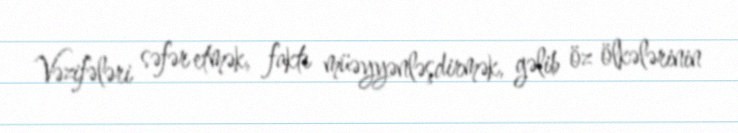
Vəzifələri səfər etmək, faktı müəyyənləşdirmək, gəlib öz ölkələrinin